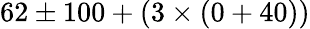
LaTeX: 62\pm 100+(3\times(0+40))